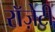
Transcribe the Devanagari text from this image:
रॉज़ेटी